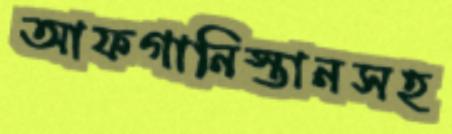
আফগানিস্তানসহ